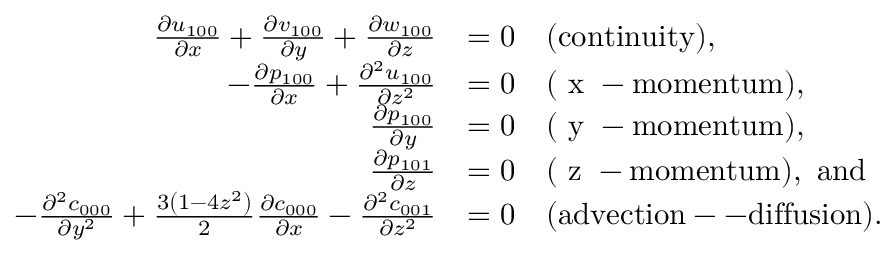
\begin{array} { r l } { \frac { \partial u _ { 1 0 0 } } { \partial x } + \frac { \partial v _ { 1 0 0 } } { \partial y } + \frac { \partial w _ { 1 0 0 } } { \partial z } } & { = 0 \quad \mathrm { ( c o n t i n u i t y ) , } } \\ { - \frac { \partial p _ { 1 0 0 } } { \partial x } + \frac { \partial ^ { 2 } u _ { 1 0 0 } } { \partial z ^ { 2 } } } & { = 0 \quad \mathrm { ( ~ x ~ - m o m e n t u m ) , } } \\ { \frac { \partial p _ { 1 0 0 } } { \partial y } } & { = 0 \quad \mathrm { ( ~ y ~ - m o m e n t u m ) , } } \\ { \frac { \partial p _ { 1 0 1 } } { \partial z } } & { = 0 \quad \mathrm { ( ~ z ~ - m o m e n t u m ) , ~ a n d } } \\ { - \frac { \partial ^ { 2 } c _ { 0 0 0 } } { \partial y ^ { 2 } } + \frac { 3 \left( 1 - 4 z ^ { 2 } \right) } { 2 } \frac { \partial c _ { 0 0 0 } } { \partial x } - \frac { \partial ^ { 2 } c _ { 0 0 1 } } { \partial z ^ { 2 } } } & { = 0 \quad { \mathrm { ( a d v e c t i o n -- d i f f u s i o n ) } } . } \end{array}